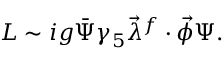
{ \cal L } \sim i g \bar { \Psi } \gamma _ { 5 } \vec { \lambda } ^ { f } \cdot \vec { \phi } \Psi .